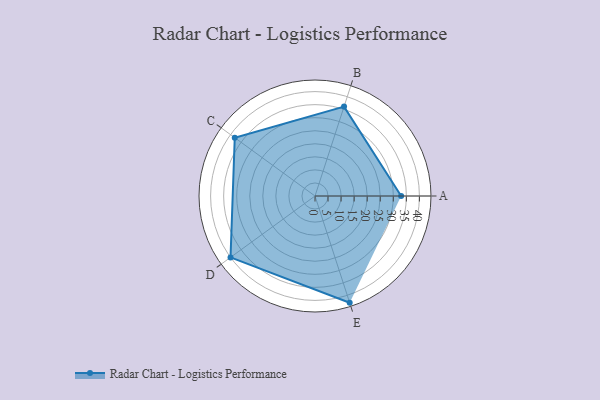
{"axis": {"x": "Skill", "y": "Score"}, "legend": ["Profile"], "data": [{"x": "A", "y": 33.0, "type": "Profile"}, {"x": "B", "y": 36.0, "type": "Profile"}, {"x": "C", "y": 38.0, "type": "Profile"}, {"x": "D", "y": 40.0, "type": "Profile"}, {"x": "E", "y": 43.0, "type": "Profile"}]}